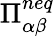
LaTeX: \Pi_{\alpha\beta}^{neq}